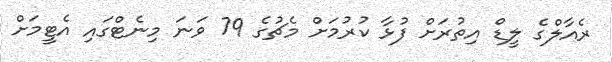
ރެއާލްގެ ލީޑް އިތުރަށް ފުޅާ ކުރުމަށް މެޗުގެ 79 ވަނަ މިނެޓްގައި އެޓީމަށް